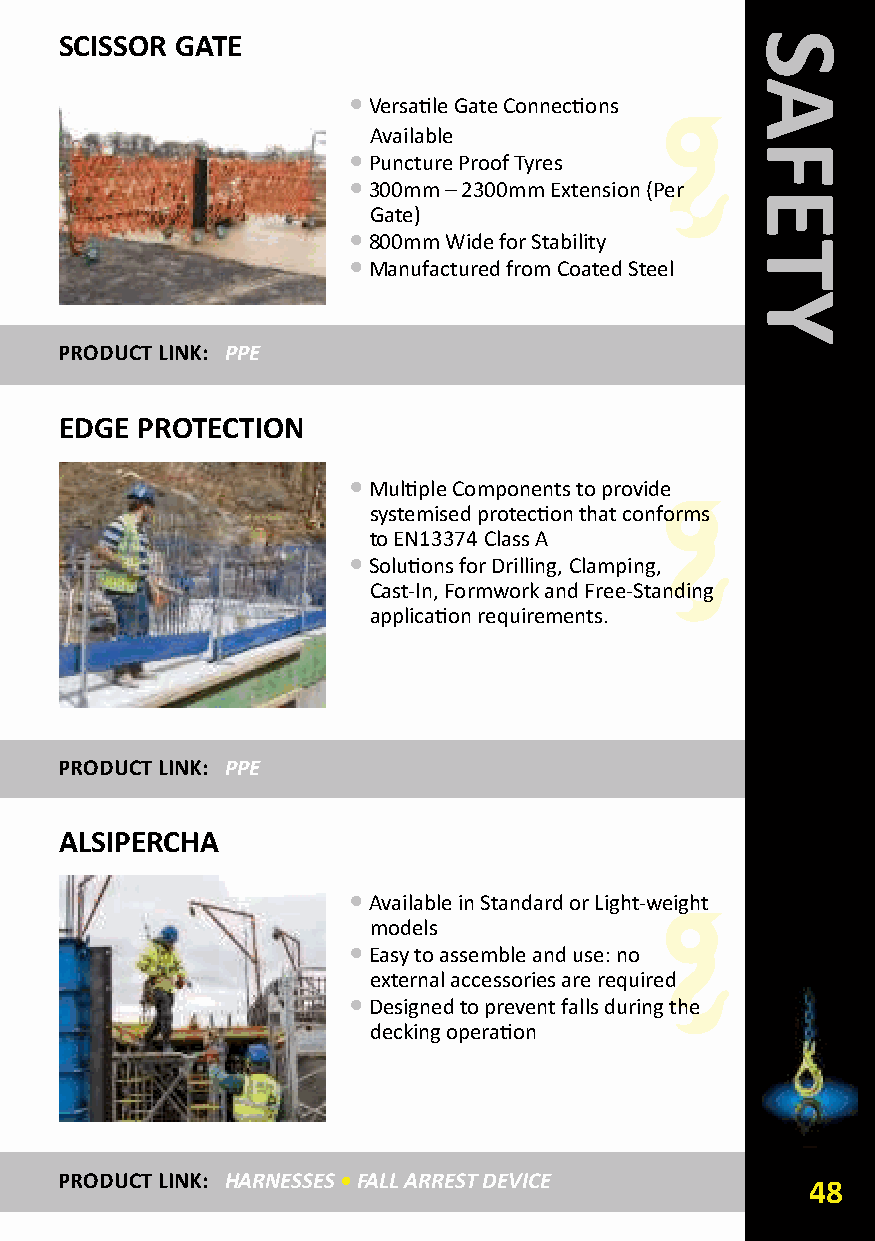
SCISSOR GATE
 •Versatile Gate Connections
 Available
 •Puncture Proof Tyres
 •300mm – 2300mm Extension (Per
 Gate)
 •800mm Wide for Stability
 •Manufactured from Coated Steel
 PRODUCT LINk: PPE
 EDGE PROTECTION
 •Multiple Components to provide
 systemised protection that conforms
 to EN13374 Class A
 •Solutions for Drilling, Clamping,
 Cast-In, Formwork and Free-Standing
 application requirements.
 PRODUCT LINk: PPE
 ALSIPERCHA
 •Available in Standard or Light-weight
 models
 •Easy to assemble and use: no
 external accessories are required
 •Designed to prevent falls during the
 decking operation
 PRODUCT LINk: HARNESSES•FALL ARREST DEVICE
 48
 SAFETY